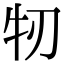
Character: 牣